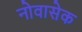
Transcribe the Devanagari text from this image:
नोवासेक